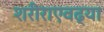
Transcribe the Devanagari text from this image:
शरीराएवढ्या